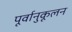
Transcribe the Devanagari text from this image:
पूर्वानुकूलन